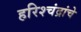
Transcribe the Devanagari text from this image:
हरिश्चंद्रांचे